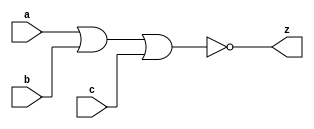
//#############################################################################
//# Function: 3 Input Nor Gate                                                #
//# Copyright: Lambda Project Authors. All rights Reserved.                   #
//# License:  MIT (see LICENSE file in Lambda repository)                     #
//#############################################################################

module la_nor3 #(
    parameter PROP = "DEFAULT"
) (
    input  a,
    input  b,
    input  c,
    output z
);

    assign z = ~(a | b | c);

endmodule